Calcutta medical institutions reports 1892-1900
Year: 1892
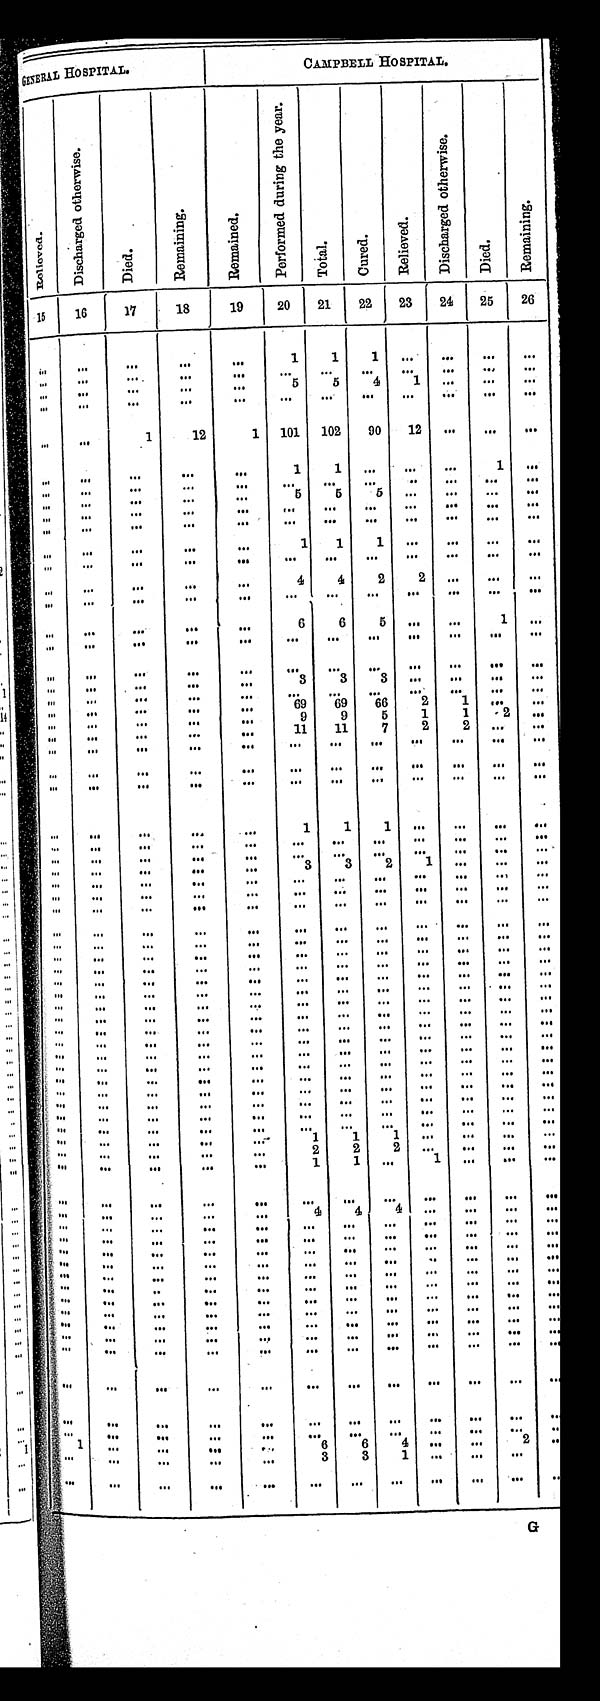
GENERAL HOSPITAL.
C A M P B E L L H O S P I T A L .
R e l i e v e d .
D i s c h a r g e d o t h e r w i s e .
D i e d .
R e m a i n i n g .
R e m a i n e d .
P e r f o r m e d d u r i n g t h e y e a r .
T o t a l .
C u r e d .
R e l i e v e d .
D i s c h a r g e d o t h e r w i s e .
D i e d .
1 5
1 6
1 7
1 8
1 9
2 0
2 1
2 2
2 3
2 4
2 5
. . .
. . .
. . .
. . .
. . .
1
1
1
. . .
. . .
. . .
. . .
. . .
. . .
. . .
. . .
. . .
. . .
. . .
. . .
. . .
. . .
. . .
. . .
. . .
. . .
. . .
5
5
4
1
. . .
. . .
. . .
. . .
. . .
. . .
. . .
. . .
. . .
. . .
. . .
. . .
. . .
. . .
. . .
1
1 2
1
1 0 1
1 0 2
9 0
1 2
. . .
. . .
. . .
. . .
. . .
. . .
. . .
1
1
. . .
. . .
. . .
1
. . .
. . .
. . .
. . .
. . .
. . .
. . .
. . .
. . .
. . .
. . .
. . .
. . .
. . .
. . .
. . .
5
5
5
. . .
. . .
. . .
. . .
. . .
. . .
. . .
. . .
. . .
. . .
. . .
. . .
. . .
. . .
. . .
. . .
. . .
. . .
. . .
. . .
. . .
. . .
. . .
. . .
. . .
. . .
. . .
. . .
. . .
1
1
1
. . .
. . .
. . .
. . .
. . .
. . .
. . .
. . .
. . .
. . .
. . .
. . .
. . .
. . .
. . .
. . .
. . .
. . .
. . .
. . .
4
4
2
2
. . .
. . .
. . .
. . .
. . .
. . .
. . .
. . .
. . .
. . .
. . .
. . .
. . .
. . .
. . .
. . .
. . .
. . .
6
6
5
. . .
. . .
1
. . .
. . .
. . .
. . .
. . .
. . .
. . .
. . .
. . .
. . .
. . .
. . .
. . .
. . .
. . .
. . .
. . .
. . .
. . .
. . .
. . .
. . .
. . .
. . .
. . .
. . .
. . .
3
3
3
. . .
. . .
. . .
. . .
. . .
. . .
. . .
. . .
. . .
. . .
. . .
. . .
. . .
. . .
. . .
. . .
. . .
. . .
. . .
6 9
6 9
6 6
2
1
. . .
. . .
. . .
. . .
. . .
. . .
9
9
5
1
1
2
. . .
. . .
. . .
. . .
. . .
1 1
1 1
7
2
2
. . .
. . .
. . .
. . .
. . .
. . .
. . .
. . .
. . .
. . .
. . .
. . .
. . .
. . .
. . .
. . .
. . .
. . .
. . .
. . .
. . .
. . .
. . .
. . .
. . .
. . .
. . .
. . .
. . .
. . .
. . .
. . .
. . .
. . .
. . .
. . .
. . .
. . .
. . .
1
1
1
. . .
. . .
. . .
. . .
. . .
. . .
. . .
. . .
. . .
. . .
. . .
. . .
. . .
. . .
. . .
. . .
. . .
. . .
. . .
. . .
. . .
. . .
. . .
. . .
. . .
. . .
. . .
. . .
. . .
. . .
3
3
2
1
. . .
. . .
. . .
. . .
. . .
. . .
. . .
. . .
. . .
. . .
. . .
. . .
. . .
. . .
. . .
. . .
. . .
. . .
. . .
. . .
. . .
. . .
. . .
. . .
. . .
. . .
. . .
. . .
. . .
. . .
. . .
. . .
. . .
. . .
. . .
. . .
. . .
. . .
. . .
. . .
. . .
. . .
. . .
. . .
. . .
. . .
. . .
. . .
. . .
. . .
. . .
. . .
. . .
. . .
. . .
. . .
. . .
. . .
. . .
. . .
. . .
. . .
. . .
. . .
. . .
. . .
. . .
. . .
. . .
. . .
. . .
. . .
. . .
. . .
. . .
. . .
. . .
. . .
. . .
. . .
. . .
. . .
. . .
. . .
. . .
. . .
. . .
. . .
. . .
. . .
. . .
. . .
. . .
. . .
. . .
. . .
. . .
. . .
. . .
. . .
. . .
. . .
. . .
. . .
. . .
. . .
. . .
. . .
. . .
. . .
. . .
. . .
. . .
. . .
. . .
. . .
. . .
. . .
. . .
. . .
. . .
. . .
. . .
. . .
. . .
. . .
. . .
. . .
. . .
. . .
. . .
. . .
. . .
. . .
. . .
. . .
. . .
. . .
. . .
. . .
. . .
. . .
. . .
. . .
. . .
. . .
. . .
. . .
. . .
. . .
. . .
. . .
. . .
. . .
. . .
. . .
. . .
. . .
. . .
. . .
. . .
. . .
. . .
. . .
. . .
. . .
. . .
. . .
. . .
. . .
. . .
. . .
. . .
. . .
. . .
. . .
. . .
. . .
. . .
. . .
. . .
. . .
. . .
. . .
. . .
. . .
. . .
. . .
. . .
. . .
. . .
. . .
. . .
. . .
. . .
. . .
. . .
. . .
. . .
. . .
. . .
. . .
. . .
. . .
. . .
. . .
. . .
. . .
. . .
. . .
. . .
. . .
. . .
. . .
. . .
. . .
. . .
. . .
. . .
. . .
. . .
. . .
. . .
. . .
. . .
. . .
1
1
1
. . .
. . .
. . .
. . .
. . .
. . .
. . .
. . .
2
2
2
. . .
. . .
. . .
. . .
. . .
. . .
. . .
. . .
1
1
. . .
1
. . .
. . .
. . .
. . .
. . .
. . .
. . .
. . .
. . .
. . .
. . .
. . .
. . .
. . .
. . .
. . .
. . .
. . .
4
4
4
. . .
. . .
. . .
. . .
. . .
. . .
. . .
. . .
. . .
. . .
. . .
. . .
. . .
. . .
. . .
. . .
. . .
. . .
. . .
. . .
. . .
. . .
. . .
. . .
. . .
. . .
. . .
. . .
. . .
. . .
. . .
. . .
. . .
. . .
. . .
. . .
. . .
. . .
. . .
. . .
. . .
. . .
. . .
. . .
. . .
. . .
. . .
. . .
. . .
. . .
. . .
. . .
. . .
. . .
. . .
. . .
. . .
. . .
. . .
. . .
. . .
. . .
. . .
. . .
. . .
. . .
. . .
. . .
. . .
. . . . . . . . . . . . . . .
. . . . . . . . . . . .
. . . . . . . . . . . . . . . . . . . . . . . .
. . . . . . . . . . . .
. . . . . . . . . . . . . . . . . . . . . . . .
. . . . . . . . . . . .
. . . . . . . . . . . . . . . . . . . . . . . .
. . . . . . . . . . . .
. . . . . . . . . . . . . . . . . . . . . . . .
. . . . . . . . . . . .
. . . . . . . . . . . . . . . . . . . . . . . .
. . . . . . . . . . . .
. . . . . . . . . . . . . . . . . . . . . . . . . . .
. . . . . .
. . . . . . . . . . . . . . . . . . . . . . . . . . . . . . . . . . . .
. . . . . . . . . . . . . . . 6
6
4
. . . . . . 2
. . .
. . . . . . . . . . . . . . . 3
3
1
. . . . . . . . . . . .
. . . . . . . . . . . . . . . . . . . . . . . . . . . . . . . . . . . .